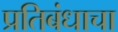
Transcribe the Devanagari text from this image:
प्रतिबंधाचा